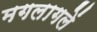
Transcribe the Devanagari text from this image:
मगलागलें